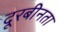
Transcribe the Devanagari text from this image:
दूरबीनता